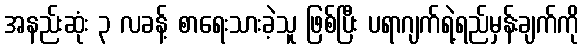
အနည်းဆုံး ၃ လခန့် စာရေးသားခဲ့သူ ဖြစ်ပြီး ပရာဂျက်ရဲ့ရည်မှန်းချက်ကို